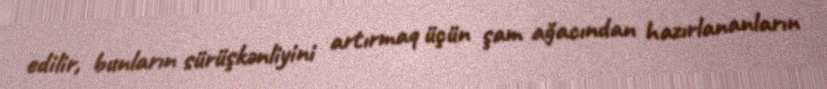
edilir, bunların sürüşkənliyini artırmaq üçün şam ağacından hazırlananların